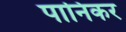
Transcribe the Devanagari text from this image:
पानिकर